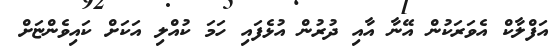
އަފްލާކް އެވަރަކުން އޭނާ އާއި ދުރުން އުޅެފައި ހަމަ ކުއްލި އަކަށް ކައިވެންޏަށް